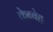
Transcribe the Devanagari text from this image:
केब्बेह